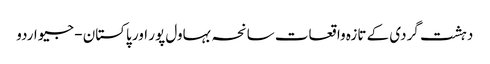
دہشت گردی کے تازہ واقعات سانحہ بہاول پور اور پاکستان - جیو اردو